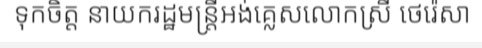
ទុកចិត្ត នាយករដ្ឋមន្ត្រីអង់គ្លេសលោកស្រី ថេរ៉េសា